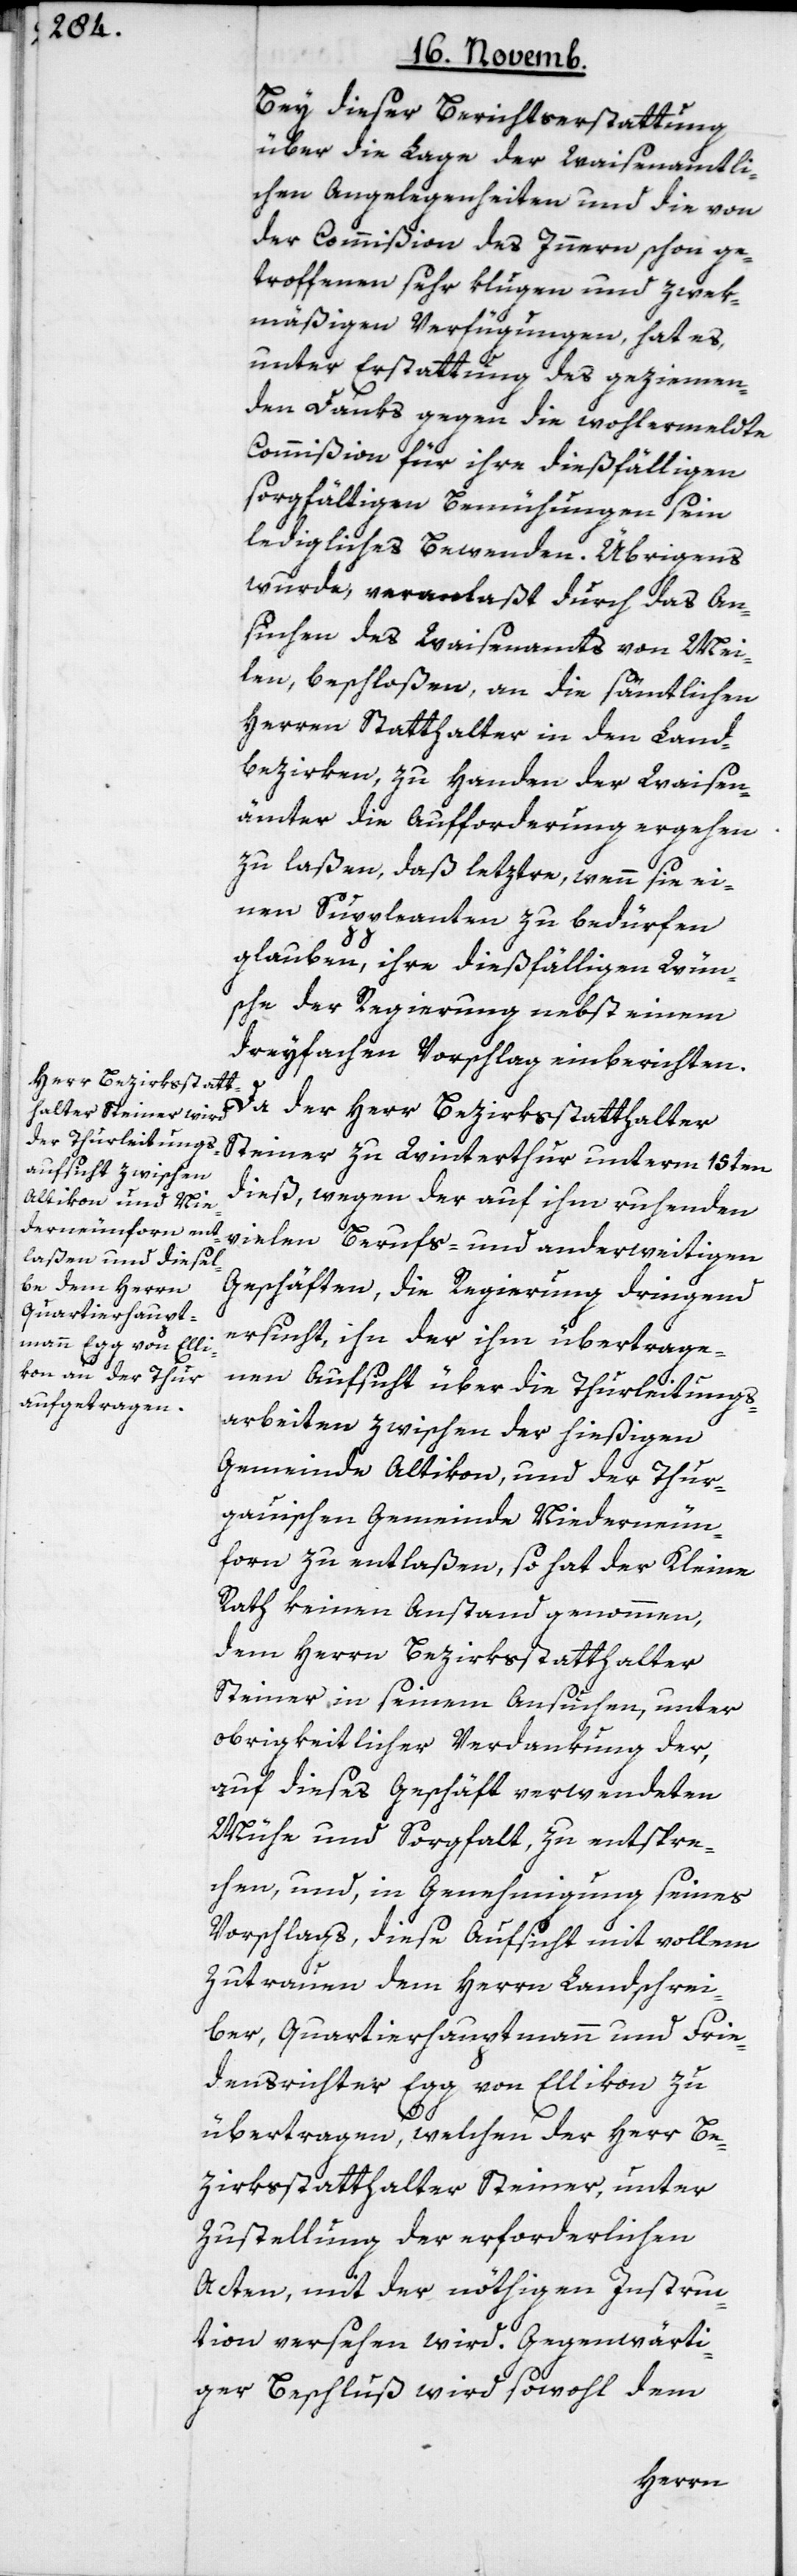
Bey dieser Berichtserstattung
über die Lage der Waisenamtli¬
chen Angelegenheiten und die von
der Commißion des Innern schon ge¬
troffenen sehr klugen und zwek¬
mäßigen Verfügungen, hat es,
unter Erstattung des geziemen¬
den Danks gegen die wohlermeldte
Commißion für ihre dießfälligen
sorgfältigen Bemühungen sein
ledigliches Bewenden. Übrigens
wurde, veranlaßt durch das An¬
suchen des Waisenamts von Mei¬
len, beschloßen, an die sämtlichen
Herren Statthalter in den Land¬
bezirken, zu Handen der Waisen¬
ämter die Aufforderung ergehen
zu laßen, daß letztre, wenn sie ei¬
nen Suppleanten zu bedürfen
glauben, ihre dießfälligen Wün¬
sche der Regierung nebst einem
dreyfachen Vorschlag einberichten.
Da der Herr Bezirksstatthalter
Steiner zu Winterthur unterm 15ten
dieß, wegen der auf ihm ruhenden
vielen Berufs- und anderweitigen
Geschäften, die Regierung dringend
ersucht, ihn der ihm übertrage¬
nen Aufsicht über die Thurleitungs¬
arbeiten zwischen der hießigen
Gemeinde Altikon, und der Thur¬
gauischen Gemeinde Niederneun¬
forn zu entlaßen, so hat der Kleine
Rath keinen Anstand genohmen,
dem Herrn Bezirksstatthalter
Steiner in seinem Ansuchen, unter
obrigkeitlicher Verdankung der,
auf dieses Geschäft verwendeten
Mühe und Sorgfalt, zu entspre¬
chen, und, in Genehmigung seines
Vorschlags, diese Aufsicht mit vollem
Zutrauen dem Herrn Landschrei¬
ber, Quartierhauptmann und Frie¬
densrichter Egg von Ellikon zu
übertragen, welchen der Herr Be¬
zirksstatthalter Steiner, unter
Zustellung der erforderlichen
Acten, mit der nöthigen Instruc¬
tion versehen wird. Gegenwärti¬
ger Beschluß wird sowohl dem